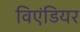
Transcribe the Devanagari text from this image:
विएंडियर